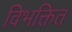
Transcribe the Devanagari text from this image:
विभक्तित